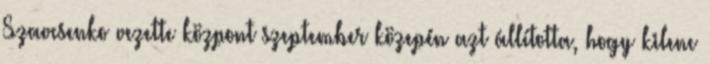
Szavcsenko vezette központ szeptember közepén azt állította, hogy kilenc